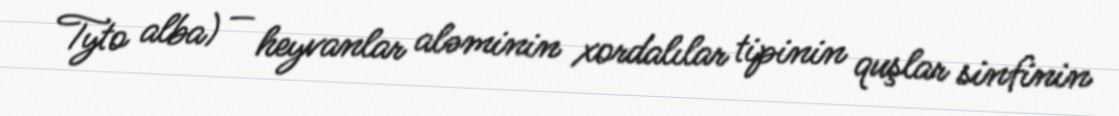
Tyto alba) — heyvanlar aləminin xordalılar tipinin quşlar sinfinin